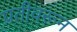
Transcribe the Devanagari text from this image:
प्रतीवरून